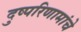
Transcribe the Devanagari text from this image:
दुष्परिणामांचे